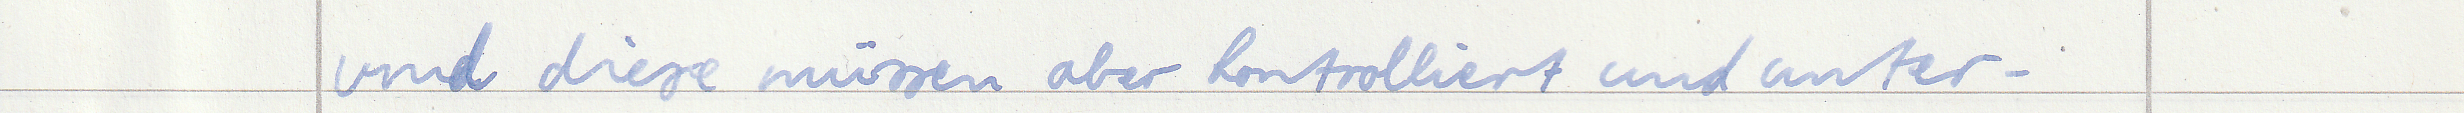
und diese müssen aber kontrolliert und unter -